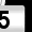
Digit: 5